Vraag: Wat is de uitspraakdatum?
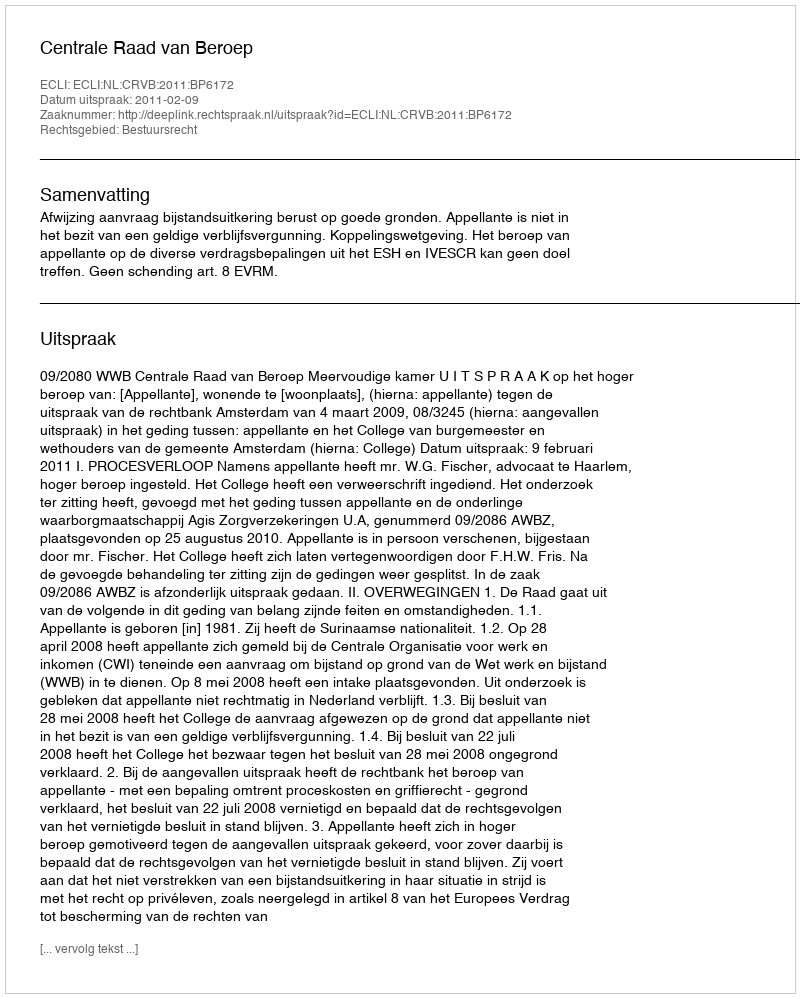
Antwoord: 2011-02-09